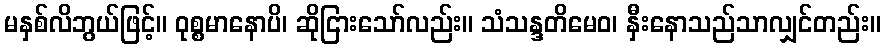
မနှစ်လိဘွယ်ဖြင့်။ ဝုစ္စမာနောပိ၊ ဆိုငြားသော်လည်း။ သံသန္ဒတိမေဝ၊ နှီးနောသည်သာလျှင်တည်း။